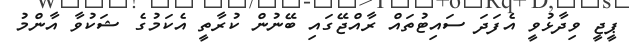
ޕީޖީ ވިދާޅުވީ އެފަދަ ސައިޓުތައް ރާއްޖޭގައި ބޭނުން ކުރާތީ އެކަމުގެ ޝަކުވާ އާންމު